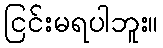
ငြင်းမရပါဘူး။